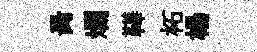
昺斕鞾柘楊